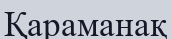
Қараманақ